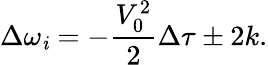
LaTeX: \Delta\omega_{\mathit{i}}=-\frac{{V_{0}^{2}}}{{2}}\Delta\tau\pm2k.